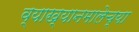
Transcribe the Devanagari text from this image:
व्याख्यानमालेच्या